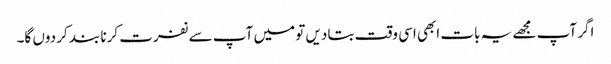
اگر آپ مجھے یہ بات ابھی اسی وقت بتا دیں تو میں آپ سے نفرت کرنا بند کر دوں گا۔